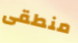
منطقى